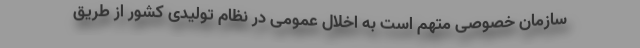
سازمان خصوصی متهم است به اخلال عمومی در نظام تولیدی کشور از طریق